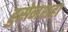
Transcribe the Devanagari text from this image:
हुसेनशहा